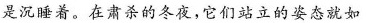
是沉睡着。在肃杀的冬夜，它们站立的姿态就如